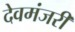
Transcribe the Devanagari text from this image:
देवमंजरी